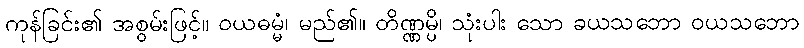
ကုန်ခြင်း၏ အစွမ်းဖြင့်။ ဝယဓမ္မံ၊ မည်၏။ တိဏ္ဏမ္ပိ၊ သုံးပါး သော ခယသဘော ဝယသဘော